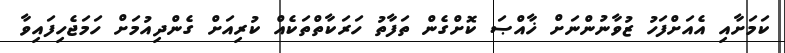
ކަމަށާއި އެއަށްފަހު ޒުވާނުންނަށް ޚާއްޞަ ކޮށްގެން ތަފާތު ހަރަކާތްތަކެއް ކުރިއަށް ގެންދިއުމަށް ހަމަޖެހިފައިވާ